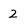
Character: 2